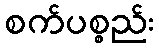
စက်ပစ္စည်း